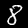
Label: 8